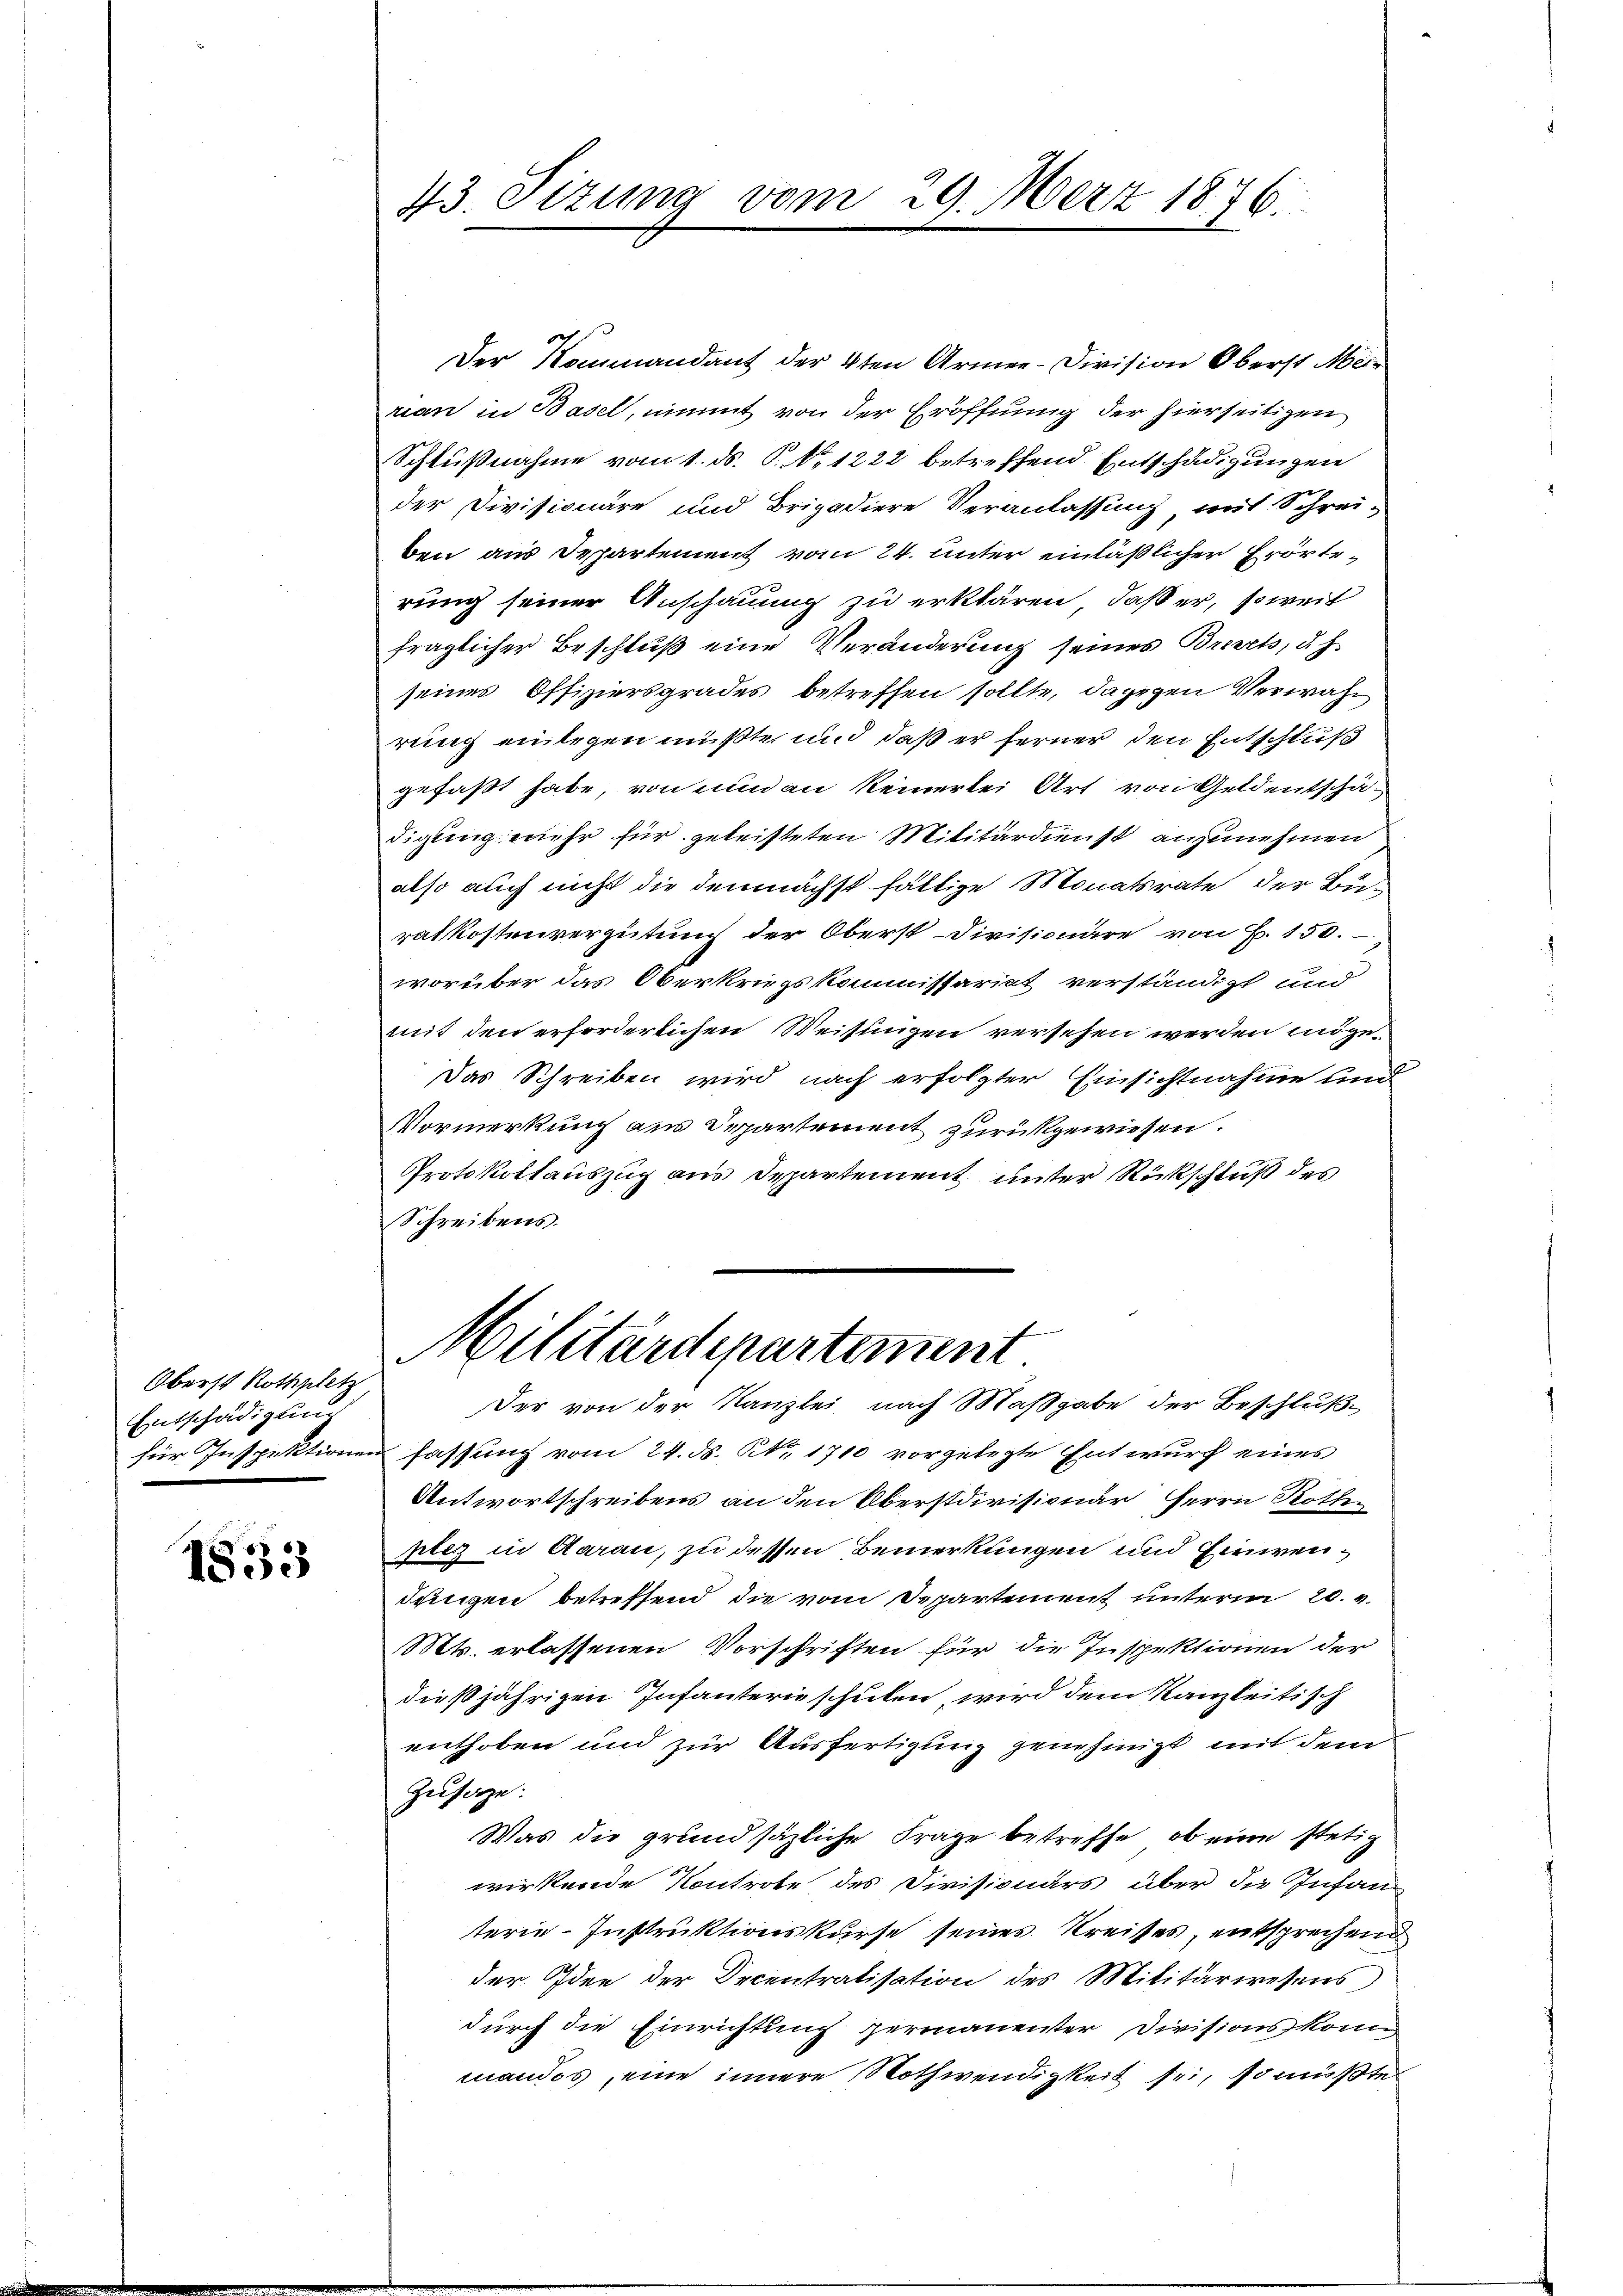
Oberst Rothplatz
Entschädigung

1833

43. Sizung vom 29. März 1876.

Der Kommandant der 4ten Armee-Division Oberst Mei-
rian in Basel, nimmt von der Eröffnung der hierseitigen
Schlußnahme vom 1. ds. P. Nr. 1222 betreffend Entschädigungen
der Divisionäre und Brigadiere Veranlassung mit Schrei-
ben aus Departement vom 24. unter einläßlicher Erörterung seiner Anschauung zu erklären, daß er, soweit
fraglicher Beschluß eine Veränderung seines Brevet, d. h.
seines Offiziersgrades betreffen sollte, dagegen Verwahrung einlegen müßte, und daß er ferner den Entschluß
gefaßt habe, von nun an keinerlei Art von Geldentschä-
digung mehr für geleisteten Militärdienst anzunehmen
also auch nicht die demnächst fältige Monatsrate der Beratkostenvergütung der Oberst-Divisionäre von P. 150.
worüber das Oberkriegskommissariat verständigt und
mit den erforderlichen Weisungen versehen werden möge.
Das Schreiben wird nach erfolgter Einsichtnahme und
Vormerkung aus Departement zurückgewiesen.
Protokollauszug aus Departement unter Rückschluß des
Schreibens.
Militärdepartement
Der von der Kanzlei nach Maßgabe der Beschlußfür Inspektionen fassung vom 24. ds. No. 1710 vorgelegte Entwurf eines
Antwortschreibens an den Oberstdivisionar Herrn Rothplez in Aarau, zu dessen Bemerkungen und Einwen¬
Suicizen betreffend die vom Departement unterm 20. v.
Mts. erlassenen Vorschriften für die Inspektionen der
dießjährigen Infanterie schulen, wird dem Kanzleitisch
enthoben und zur Ausfertigung genehmigt mit dem
Zusage.
Was die grundsätzliche Frage betreffe, ob eine stetig
wirkende Kontrobe des Divisionärs über die Infan
terie-Instruktionskurse seines Kreises, entsprechend
der Idee der Decentratisation des Militärwesens
durch die Einrichtung permanenster Divisionskomi
mandos eine innere Nothwendigkeit sei, so müßte